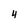
Character: 4